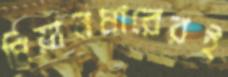
মিয়ানমারেরই